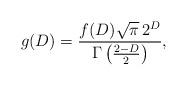
LaTeX: \begin{align*}g(D)=\frac{f(D)\sqrt{\pi}\,2^{D}}{\Gamma\left(\frac{2-D}{2}\right)},\end{align*}